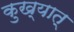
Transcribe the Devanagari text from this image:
कुख्यात्